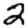
Digit: 2